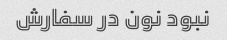
نبود نون در سفارش